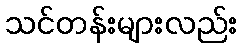
သင်တန်းများလည်း